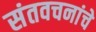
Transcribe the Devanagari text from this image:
संतवचनांचे